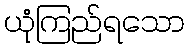
ယုံကြည်ရသော